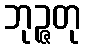
ဘုဉ္ဇတု